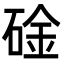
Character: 碒